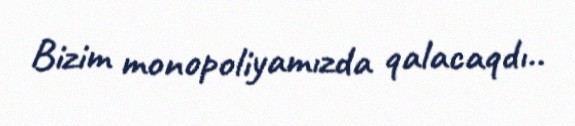
Bizim monopoliyamızda qalacaqdı..